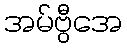
အမ်ဗွီအေ